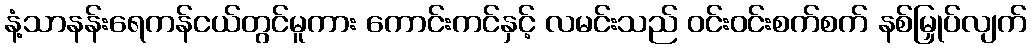
နံ့သာနန်းရေကန်ငယ်တွင်မူကား ကောင်းကင်နှင့် လမင်းသည် ဝင်းဝင်းစက်စက် နစ်မြှုပ်လျက်